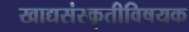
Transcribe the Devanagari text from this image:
खाद्यसंस्कृतीविषयक